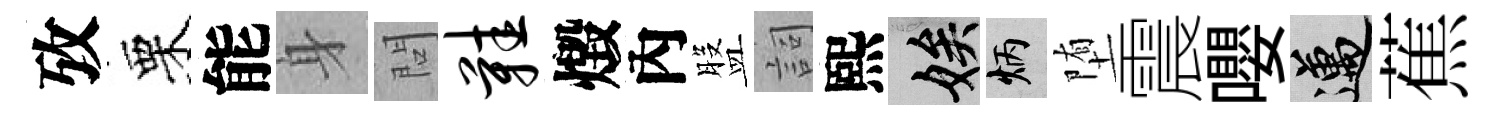
攷栗能身問鞋燬內盤詞熙娭炳堕震嚶邁蕉